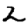
Digit: 2